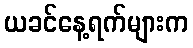
ယခင်နေ့ရက်များက